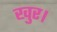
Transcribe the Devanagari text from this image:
खुर।